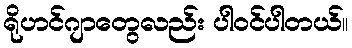
ရိုဟင်ဂျာတွေလည်း ပါဝင်ပါတယ်။